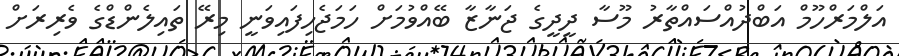
އަލްމަރްހޫމް އަބްދުއްސައްތާރު މޫސާ ދީދީގެ ޖަނާޒާ ބޭއްވުމަށް ހަމަޖެހިފައިވަނީ މިރޭ ތައިލެންޑްގެ ވެރިރަށް